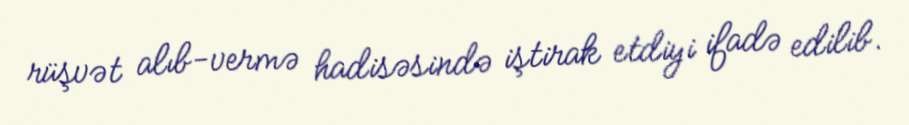
rüşvət alıb-vermə hadisəsində iştirak etdiyi ifadə edilib.